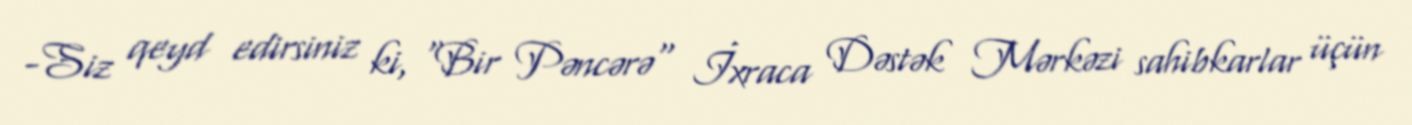
-Siz qeyd edirsiniz ki, "Bir Pəncərə" İxraca Dəstək Mərkəzi sahibkarlar üçün